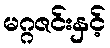
မဂ္ဂဇင်းနှင့်